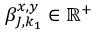
\beta _ { J , k _ { 1 } } ^ { x , y } \in \mathbb { R } ^ { + }